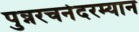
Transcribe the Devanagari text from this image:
पुन्नरचनेदरम्यान